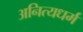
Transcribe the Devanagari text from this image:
अनित्यधर्म